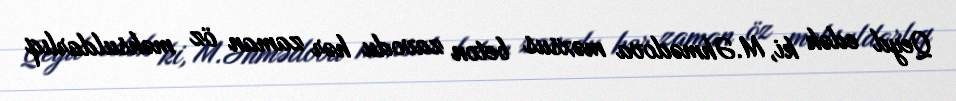
Qeyd edək ki, M.Əhmədova məxsus beton zavodu hər zaman öz məhsuldarlıq